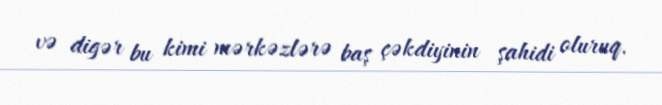
və digər bu kimi mərkəzlərə baş çəkdiyinin şahidi oluruq.